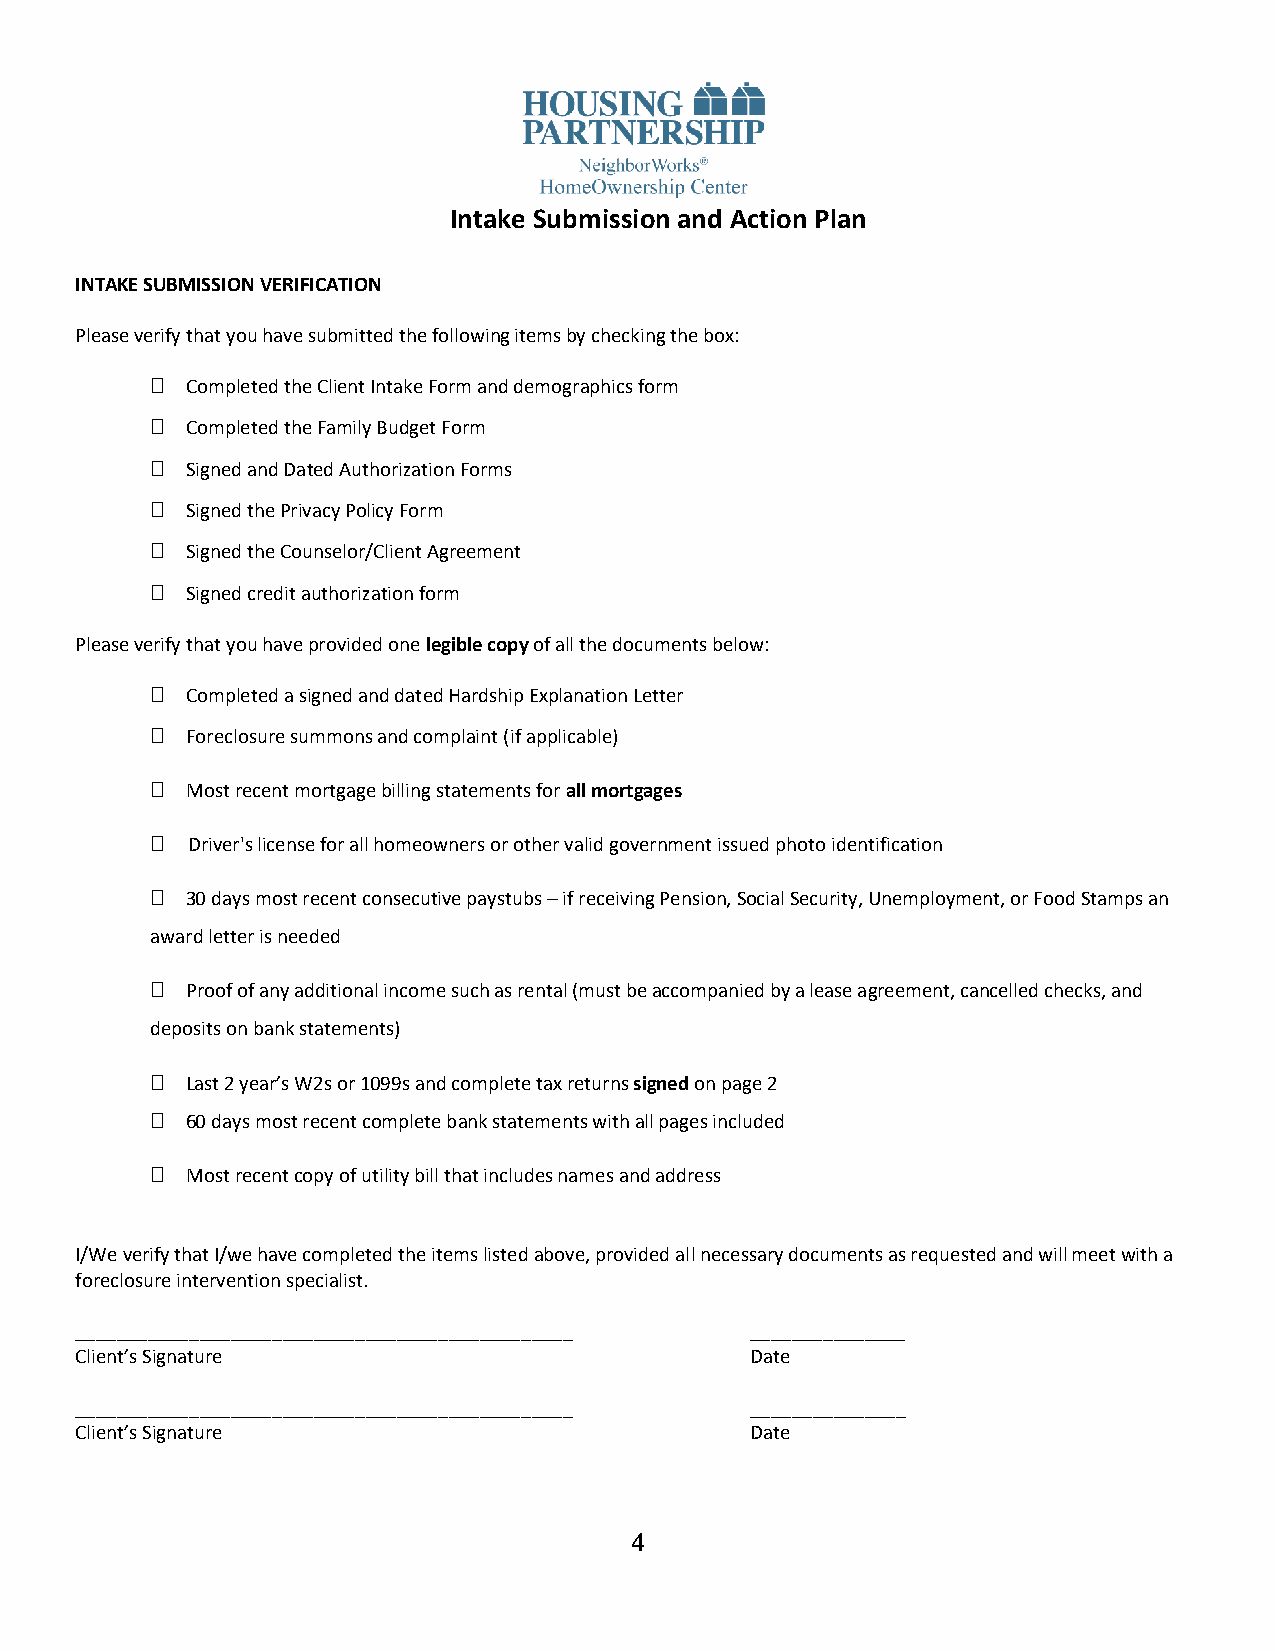
Intake Submission and Action Plan
 INTAKE SUBMISSION VERIFICATION
 Please verify that you have submitted the following items by checking the box:
 Completed the Client Intake Form and demographics form
 Completed the Family Budget Form
 Signed and Dated Authorization Forms
 Signed the Privacy Policy Form
 Signed the Counselor/Client Agreement
 Signed credit authorization form
 Please verify that you have provided one legible copy of all the documents below:
 Completed a signed and dated Hardship Explanation Letter
 Foreclosure summons and complaint (if applicable)
 Most recent mortgage billing statements for all mortgages
  Driver's license for all homeowners or other valid government issued photo identification
 30 days most recent consecutive paystubs – if receiving Pension, Social Security, Unemployment, or Food Stamps an
 award letter is needed
 Proof of any additional income such as rental (must be accompanied by a lease agreement, cancelled checks, and
 deposits on bank statements)
 Last 2 year’s W2s or 1099s and complete tax returns signed on page 2
 60 days most recent complete bank statements with all pages included
 Most recent copy of utility bill that includes names and address
 I/We verify that I/we have completed the items listed above, provided all necessary documents as requested and will meet with a
 foreclosure intervention specialist.
 ________________________________________________ _______________
 Client’s Signature                           Date
 ________________________________________________ _______________
 Client’s Signature                           Date
 4